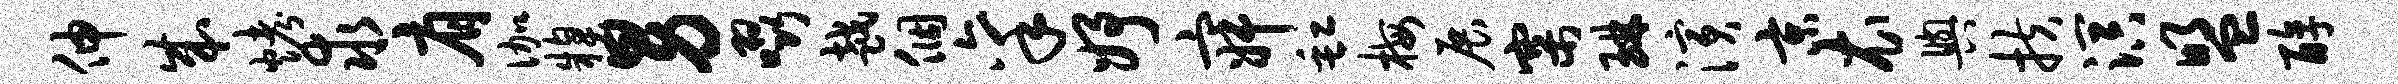
伸成烤求肩伽糗男啜越个禀妤寂缸梅展寨琳演京衣舆扶溟盟醇